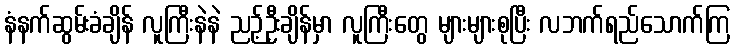
နံနက်ဆွမ်းခံချိန် လူကြီးနဲနဲ ညဉ့်ဦးချိန်မှာ လူကြီးတွေ များများစုပြီး လဘက်ရည်သောက်ကြ